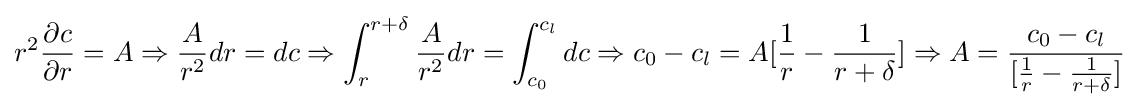
r^{2}{\frac {\partial c}{\partial r}}=A\Rightarrow {\frac {A}{r^{2}}}dr=dc\Rightarrow \int _{r}^{r+\delta }{\frac {A}{r^{2}}}dr=\int _{c_{0}}^{c_{l}}dc\Rightarrow c_{0}-c_{l}=A[{\frac {1}{r}}-{\frac {1}{r+\delta }}]\Rightarrow A={\frac {c_{0}-c_{l}}{[{\frac {1}{r}}-{\frac {1}{r+\delta }}]}}